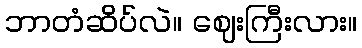
ဘာတံဆိပ်လဲ။ ဈေးကြီးလား။